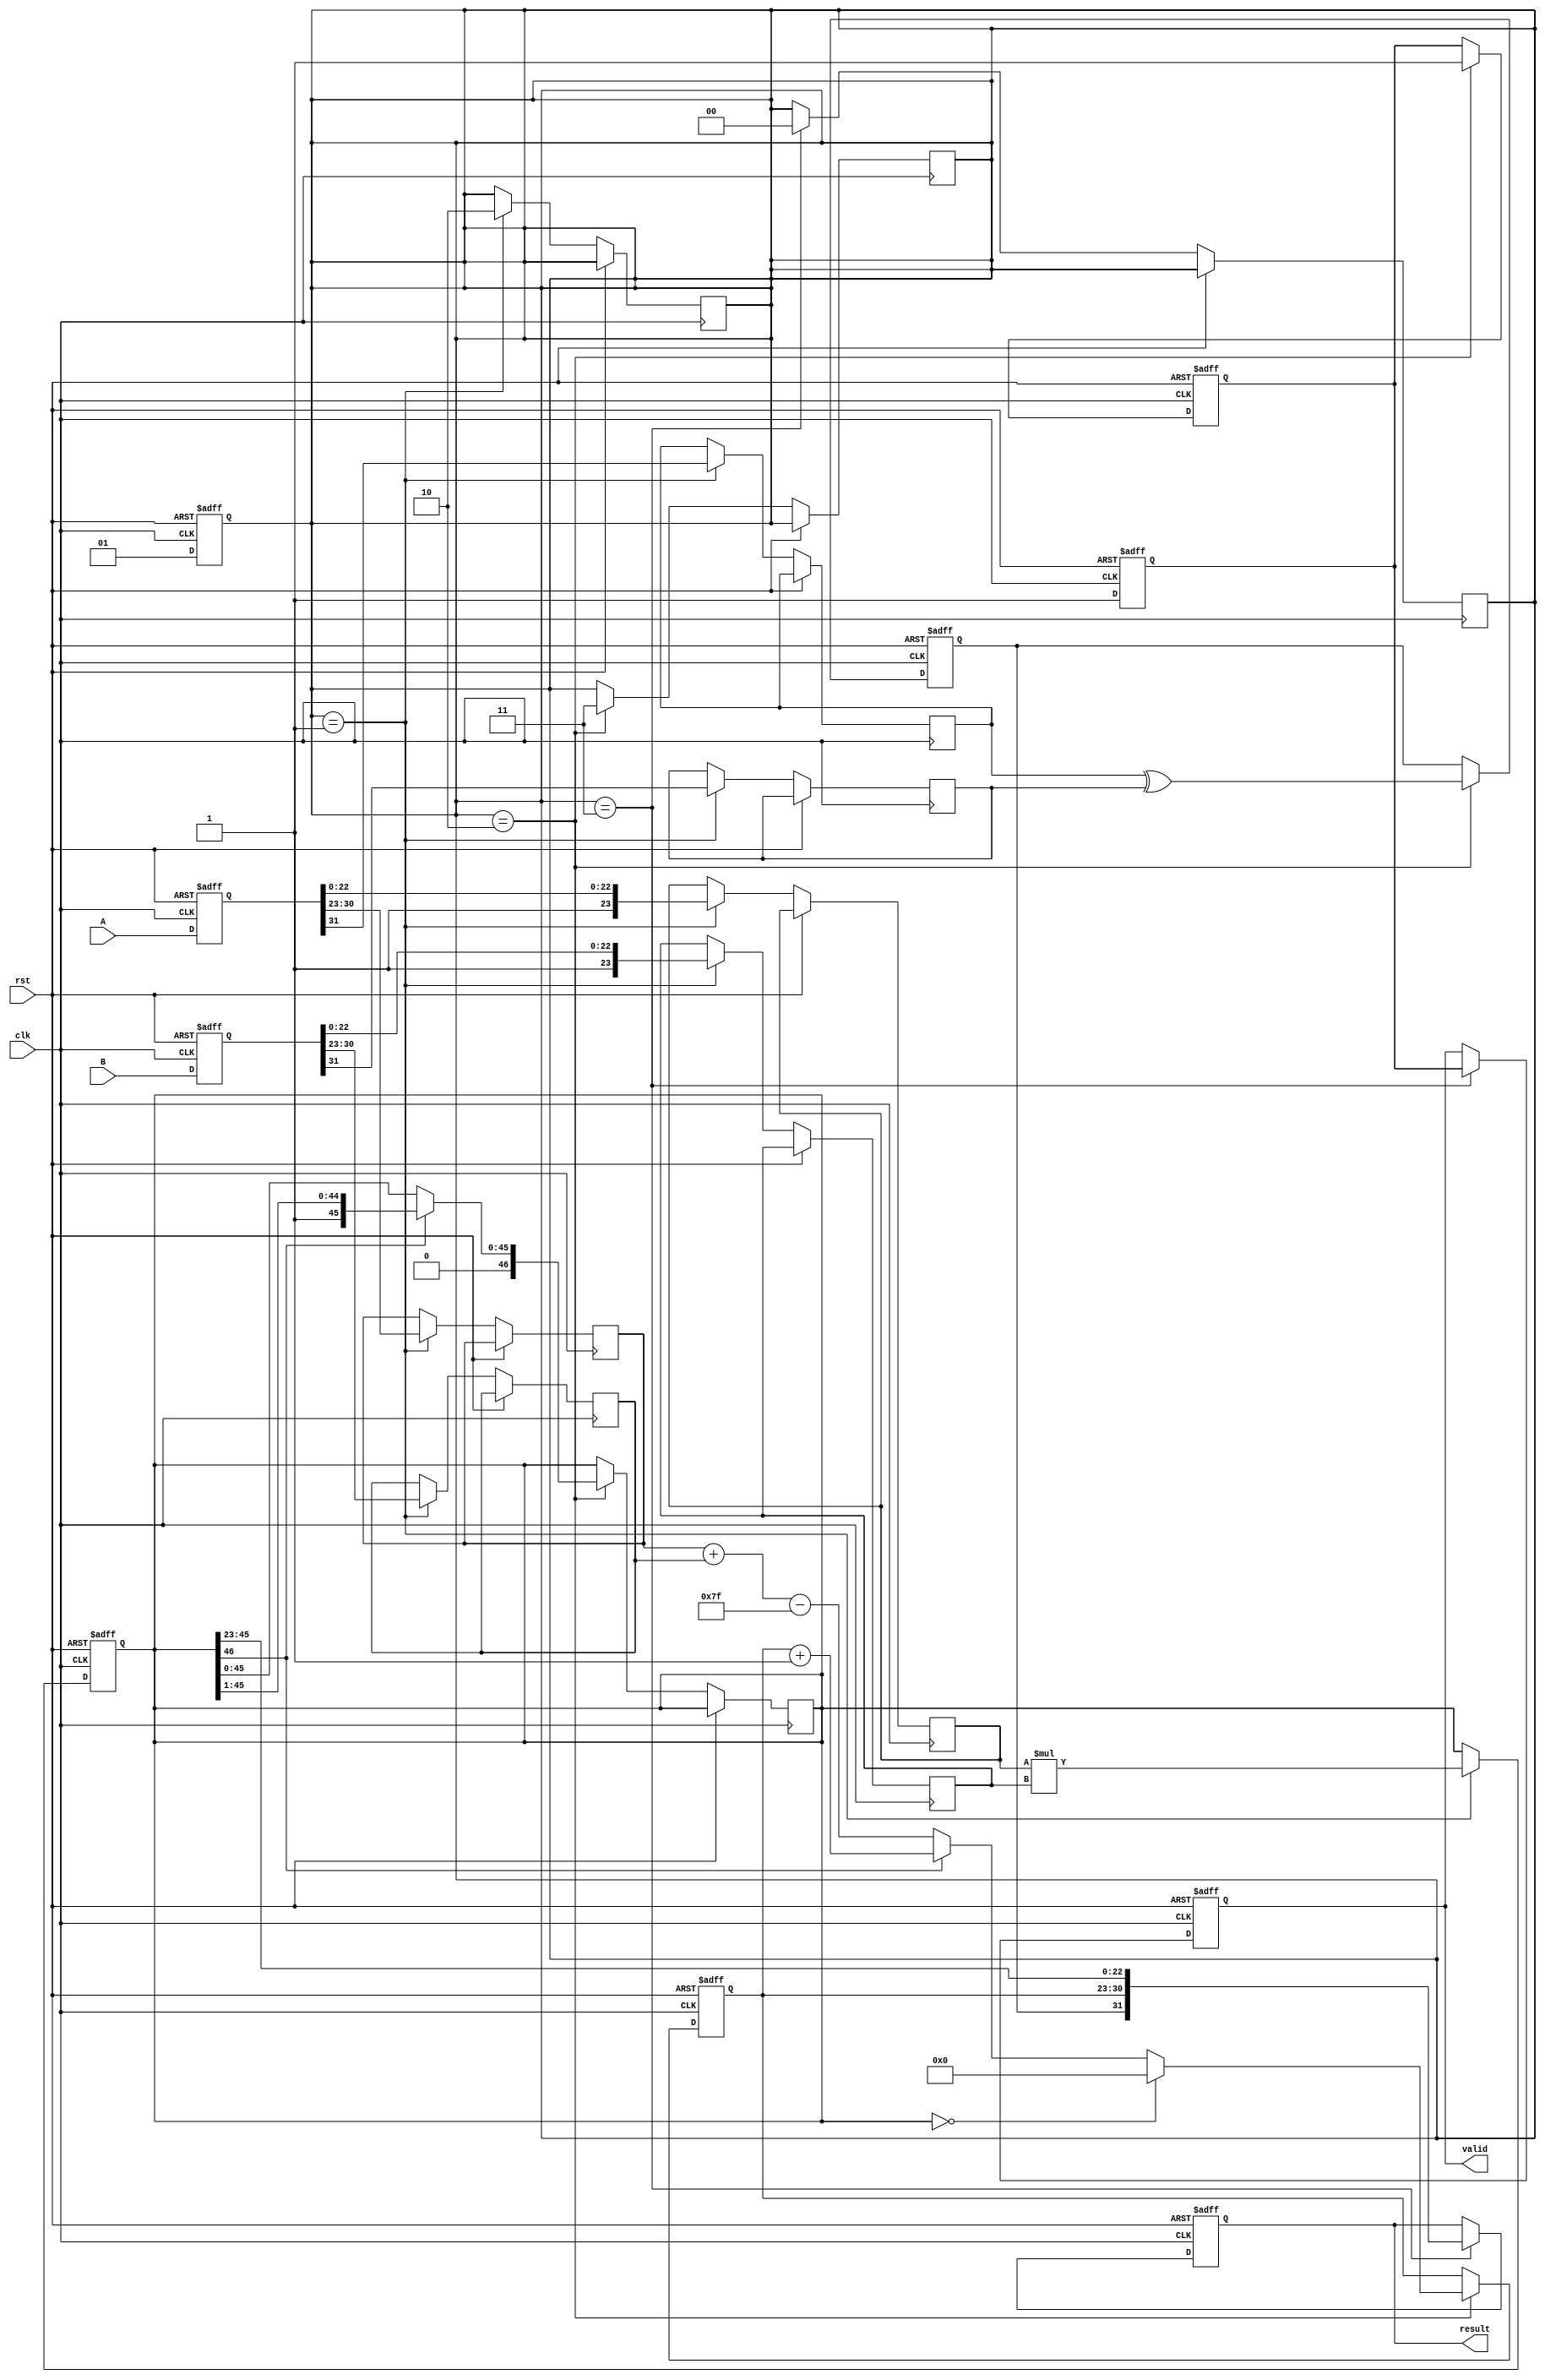
module fp_multiplier (
    input clk,
    input rst,
    input [31:0] A, // First floating-point input
    input [31:0] B, // Second floating-point input
    output reg [31:0] result, // Result of multiplication
    output reg valid // Output valid signal
);

    // Constants
    localparam EXPONENT_BIAS = 127;
    localparam MANTISSA_WIDTH = 23;
    localparam EXPONENT_WIDTH = 8;

    // Pipeline registers
    reg [31:0] A_reg, B_reg; // Input registers
    reg [1:0] stage; // Pipeline stage indicator
    reg [1:0] valid_reg; // Valid signal for stages

    // Decomposed components
    reg sign_a, sign_b;
    reg [EXPONENT_WIDTH-1:0] exp_a, exp_b;
    reg [MANTISSA_WIDTH:0] mant_a, mant_b; // 24 bits for implicit leading 1

    // Intermediate results
    reg [46:0] mant_product; // 46 bits for mantissa product
    reg [EXPONENT_WIDTH-1:0] exp_result;
    reg sign_result;

    // Stage 1: Input registration and decomposition
    always @(posedge clk or posedge rst) begin
        if (rst) begin
            A_reg <= 0;
            B_reg <= 0;
            stage <= 0;
            valid_reg <= 0;
        end else begin
            A_reg <= A;
            B_reg <= B;
            stage <= 1;
            valid_reg <= 1;
        end
    end

    // Stage 2: Mantissa multiplication
    always @(posedge clk or posedge rst) begin
        if (rst) begin
            mant_product <= 0;
            valid_reg[1] <= 0;
        end else if (stage == 1) begin
            // Decompose inputs
            sign_a <= A_reg[31];
            sign_b <= B_reg[31];
            exp_a <= A_reg[30:23];
            exp_b <= B_reg[30:23];
            mant_a <= {1'b1, A_reg[22:0]}; // Add implicit leading 1
            mant_b <= {1'b1, B_reg[22:0]}; // Add implicit leading 1

            // Multiply mantissas
            mant_product <= mant_a * mant_b;
            stage <= 2;
            valid_reg[1] <= 1;
        end
    end

    // Stage 3: Exponent calculation and normalization
    always @(posedge clk or posedge rst) begin
        if (rst) begin
            exp_result <= 0;
            sign_result <= 0;
            valid_reg[0] <= 0;
        end else if (stage == 2) begin
            // Calculate exponent
            exp_result <= exp_a + exp_b - EXPONENT_BIAS;
            sign_result <= sign_a ^ sign_b; // XOR for sign

            // Normalize mantissa
            if (mant_product[46]) begin
                // If mantissa is greater than 1, shift right
                mant_product <= mant_product >> 1;
                exp_result <= exp_result + 1;
            end

            // Check for zero mantissa
            if (mant_product == 0) begin
                exp_result <= 0;
            end

            stage <= 3;
            valid_reg[0] <= 1;
        end
    end

    // Stage 4: Output registration
    always @(posedge clk or posedge rst) begin
        if (rst) begin
            result <= 0;
            valid <= 0;
        end else if (stage == 3) begin
            // Assemble final result
            result <= {sign_result, exp_result, mant_product[45:23]}; // 23 bits of mantissa
            valid <= valid_reg[0];
            stage <= 0; // Reset stage for next operation
        end
    end

endmodule